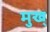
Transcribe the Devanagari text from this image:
मुख्